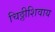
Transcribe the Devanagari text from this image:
चिठ्ठीशिवाय